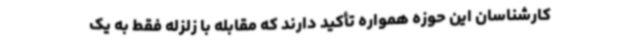
کارشناسان این حوزه همواره تأکید دارند که مقابله با زلزله فقط به یک